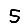
Digit: 5